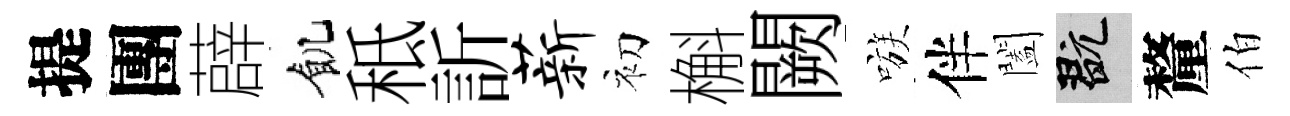
提團薜飢秪訢薪初槲闕嗾伴闔玩釐伯